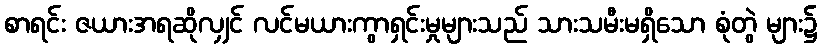
စာရင်း ဇယားအရဆိုလျှင် လင်မယားကွာရှင်းမှုများသည် သားသမီးမရှိသော စုံတွဲ များ၌